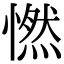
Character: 㦓